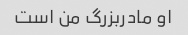
او مادربزرگ من است